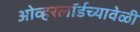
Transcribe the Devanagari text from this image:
ओव्हरलॉर्डच्यावेळी